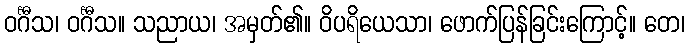
ဝင်္ဂီသ၊ ဝင်္ဂီသ။ သညာယ၊ အမှတ်၏။ ဝိပရိယေသာ၊ ဖောက်ပြန်ခြင်းကြောင့်။ တေ၊